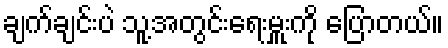
ချက်ချင်းပဲ သူ့အတွင်းရေးမှူးကို ပြောတယ်။